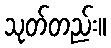
သုတ်တည်း။